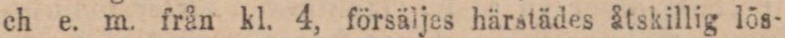
ch e. m. från kl. 4, försäljes härstädes åtskillig lös-